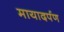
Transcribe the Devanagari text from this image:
मायादर्पण